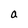
Character: a